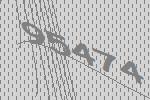
95474